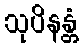
သုပိနန္တံ